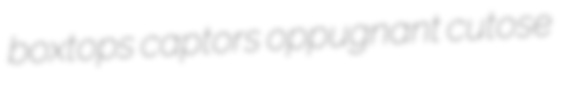
boxtops captors oppugnant cutose